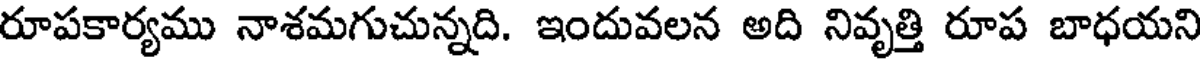
రూపకార్యము నాశమగుచున్నది. ఇందువలన అది నివృత్తి రూప బాధయని